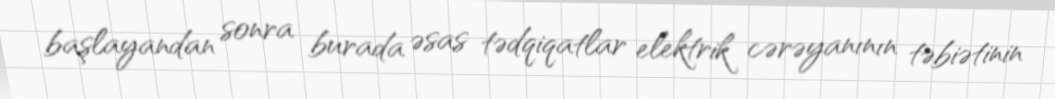
başlayandan sonra burada əsas tədqiqatlar elektrik cərəyanının təbiətinin